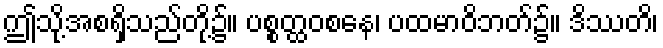
ဤသို့အစရှိသည်တို့၌။ ပစ္စတ္ထဝစနေ၊ ပထမာဝိဘတ်၌။ ဒိဿတိ၊